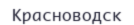
Красноводск